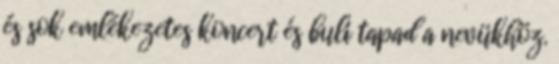
és sok emlékezetes koncert és buli tapad a nevükhöz.